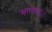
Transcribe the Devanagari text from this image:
भगवाना।।